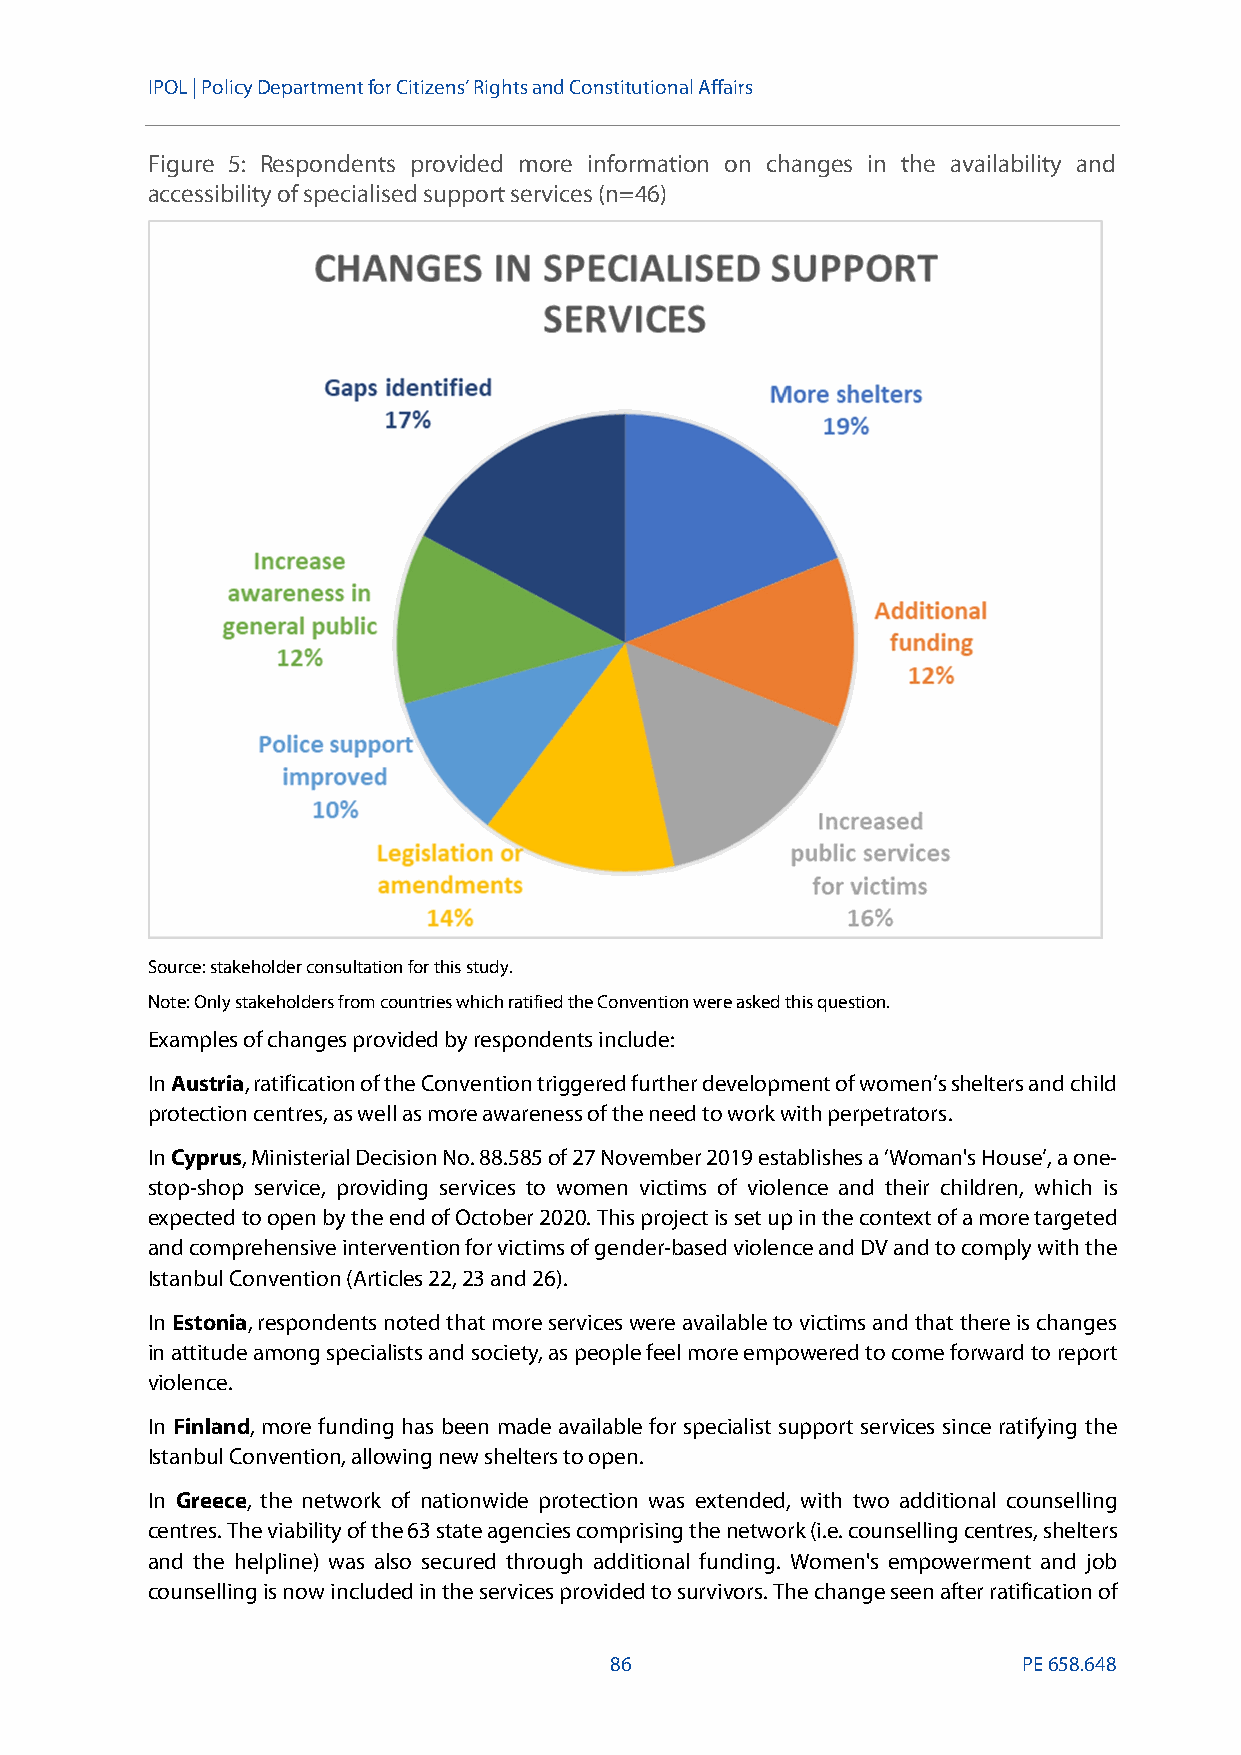
IPOL | Policy Departmentfor Citizens’ Rights and Constitutional Affairs
 Figure 5: Respondents provided more information on changes in the availability and
 accessibility of specialised support services (n=46)
 Source: stakeholder consultationfor this study.
 Note: Onlystakeholders from countries which ratified the Convention were asked this question.
 Examples of changes provided by respondents include:
 InAustria, ratification of the Convention triggered further development of women’sshelters and child
 protection centres, as well as more awareness of the need to work with perpetrators.
 InCyprus, Ministerial Decision No. 88.585 of 27 November 2019 establishes a ‘Woman's House’, a one-
 stop-shop service, providing services to women victims of violence and their children, which is
 expected to open by the end of October 2020. This project is set up in the context of a more targeted
 and comprehensive intervention for victims of gender-based violence and DV and to comply with the
 Istanbul Convention (Articles 22, 23 and 26).
 InEstonia, respondents noted that more services were available to victims and that there is changes
 in attitude among specialists and society, as people feel more empowered to come forward to report
 violence.
 In Finland, more funding has been made available for specialist support services since ratifying the
 Istanbul Convention, allowing new shelters to open.
 In Greece, the network of nationwide protection was extended, with two additional counselling
 centres. The viability of the 63 state agencies comprising the network (i.e. counselling centres, shelters
 and the helpline) was also secured through additional funding. Women's empowerment and job
 counselling is now included in the services provided to survivors. The change seen after ratification of
 86                          PE658.648